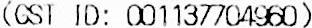
(GST ID: 001137704960)